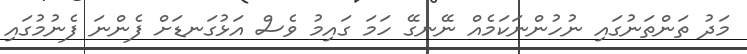
މަދު ތަންތަނުގައި ނުހުންނަކަމެއް ނޭނގޭ ހަމަ ގައިމު ވެސް އަޅުގަނޑަށް ފެންނަ ފެނުމުގައި